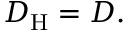
D _ { \mathrm { H } } = D .